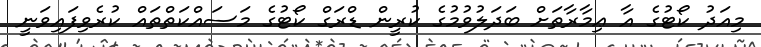
މިއަދު ކޯޓުގެ އާ ޢިމާރާތަށް ބަދަލުވުމުގެ ކުރީން ޑްރަގް ކޯޓުގެ މަސައްކަތްތައް ކުރެވިފައިވަނީ